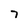
Character: 7